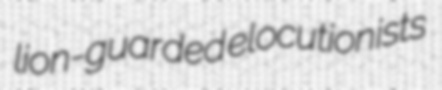
lion-guarded elocutionists